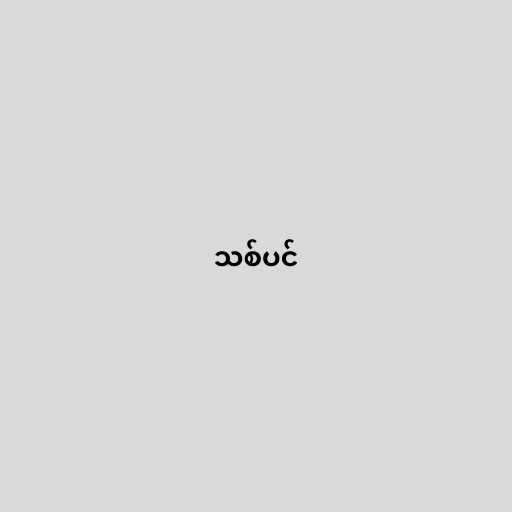
သစ်ပင်